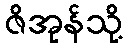
ဇိအုန်သို့